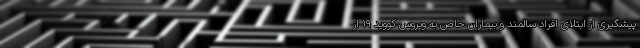
پیشگیری از ابتلای افراد سالمند و بیماران خاص به ویروس کووید ۱۹ از